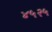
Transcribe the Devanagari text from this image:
४५२५